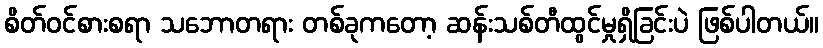
စိတ်ဝင်စားစရာ သဘောတရား တစ်ခုကတော့ ဆန်းသစ်တီထွင်မှုရှိခြင်းပဲ ဖြစ်ပါတယ်။